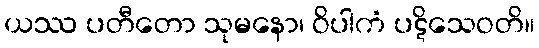
ယဿ ပတီတော သုမနော၊ ဝိပါကံ ပဋိသေဝတိ။